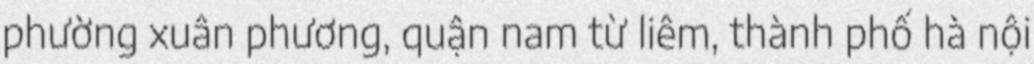
phường xuân phương, quận nam từ liêm, thành phố hà nội